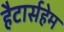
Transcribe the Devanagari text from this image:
हैटार्सहेम